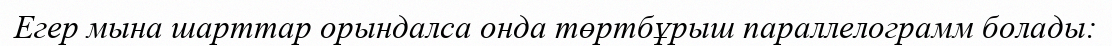
Егер мына шарттар орындалса онда төртбұрыш параллелограмм болады: